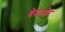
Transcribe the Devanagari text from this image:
बेदानोर